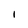
Character: l